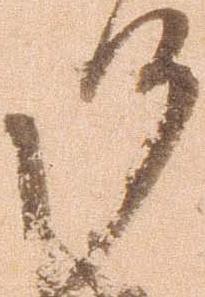
候